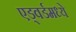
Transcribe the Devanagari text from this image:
एड्वर्डमध्ये